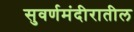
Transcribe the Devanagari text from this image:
सुवर्णमंदीरातील